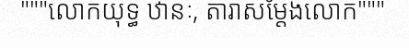
"""លោកយុទ្ធ ឋានៈ, តារាសម្តែងលោក"""